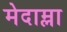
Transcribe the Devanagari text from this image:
मेदाम्ला